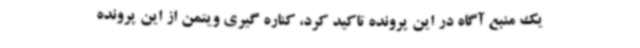
یک منبع آگاه در این پرونده تاکید کرد، کناره گیری ویتمن از این پرونده